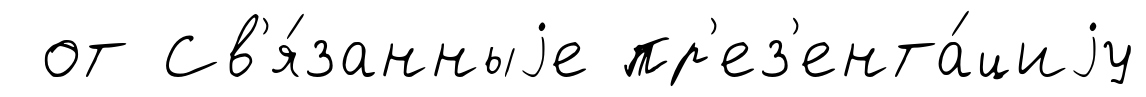
от Св'я́занныjе пр'ез'ента́циjу